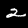
Digit: 2